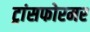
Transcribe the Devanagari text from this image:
ट्रांसफोरमर